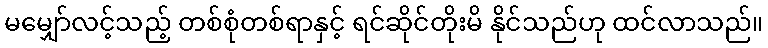
မမျှော်လင့်သည့် တစ်စုံတစ်ရာနှင့် ရင်ဆိုင်တိုးမိ နိုင်သည်ဟု ထင်လာသည်။